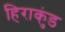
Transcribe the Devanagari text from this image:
हिराकुंड